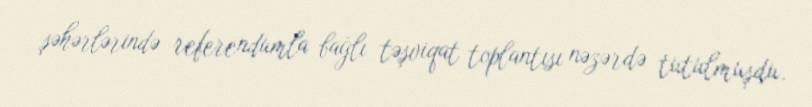
şəhərlərində referendumla bağlı təşviqat toplantısı nəzərdə tutulmuşdu.